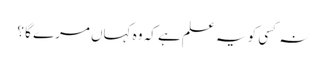
نہ کسی کو یہ علم ہے کہ وہ کہاں مرے گا ؟